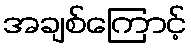
အချစ်ကြောင့်